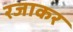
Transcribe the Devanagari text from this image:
रजाकर